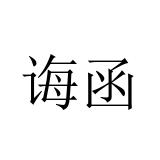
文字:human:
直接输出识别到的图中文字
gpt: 诲函